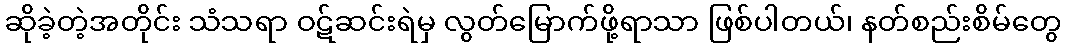
ဆိုခဲ့တဲ့အတိုင်း သံသရာ ဝဋ်ဆင်းရဲမှ လွတ်မြောက်ဖို့ရာသာ ဖြစ်ပါတယ်၊ နတ်စည်းစိမ်တွေ